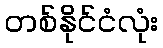
တစ်နိုင်ငံလုံး